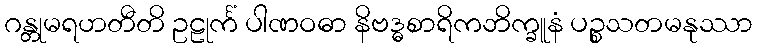
ဂန္တုမရဟတီတိ ဥဠုင်္ကံ ပါဏဝဓာ နိဗဒ္ဓစာရိကဘိက္ခူနံ ပဉ္စသတမနုဿာ